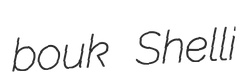
bouk Shelli